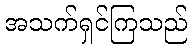
အသက်ရှင်ကြသည်